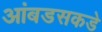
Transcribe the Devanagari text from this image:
आंबडसकडे